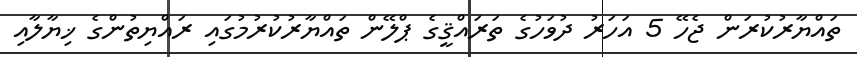
ތައްޔާރުކުރަން ޖެހޭ 5 އަހަރު ދުވަހުގެ ތަރައްޤީގެ ޕްލޭން ތައްޔާރުކުރުމުގައި ރައްޔިތުންގެ ޚިޔާލާއި